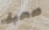
صحبة